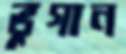
ভুগান